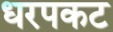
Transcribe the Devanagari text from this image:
धरपकट